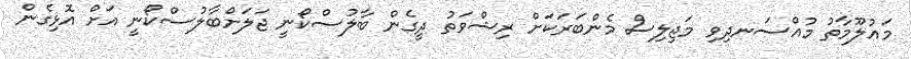
މައުލޫމާތު މުއްސަނދިވި މަޖިލިސް މެންބަރަަކަށް ރިޝްވަތު ދީގެން ބާލުސްކޯނީ ޖަލަށްބާލުސްކޯނީ އަށް އޮޅިގެން